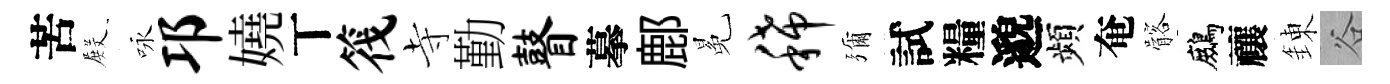
苦𭮺咏邛嬈丅筏寺勤瞽摹鄜冕稀彌試糧邈頻奄髂鷓禳錬谷